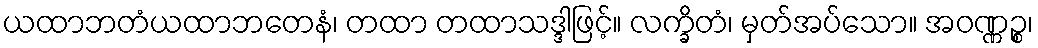
ယထာဘတံယထာဘတေနံ၊ တထာ တထာသဒ္ဒါဖြင့်။ လက္ခိတံ၊ မှတ်အပ်သော။ အဝဏ္ဏဉ္စ၊